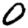
Digit: 0